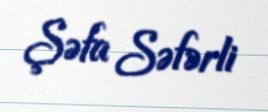
Şəfa Səfərli